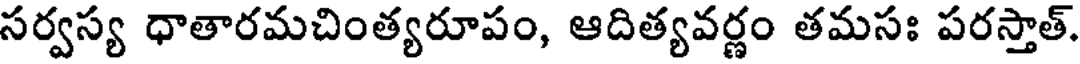
సర్వస్య ధాతారమచింత్యరూపం, ఆదిత్యవర్ణం తమసః పరస్తాత్.